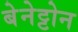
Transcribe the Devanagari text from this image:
बेनेट्टोन